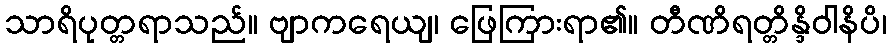
သာရိပုတ္တရာသည်။ ဗျာကရေယျ၊ ဖြေကြားရာ၏။ တီဏိရတ္တိန္ဒိဝါနိပိ၊